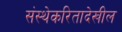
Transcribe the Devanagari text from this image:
संस्थेकरितादेखील